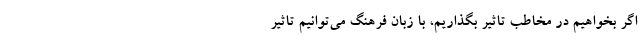
اگر بخواهیم در مخاطب تاثیر بگذاریم، با زبان فرهنگ می‌توانیم تاثیر